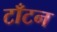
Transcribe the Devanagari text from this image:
टाँटन